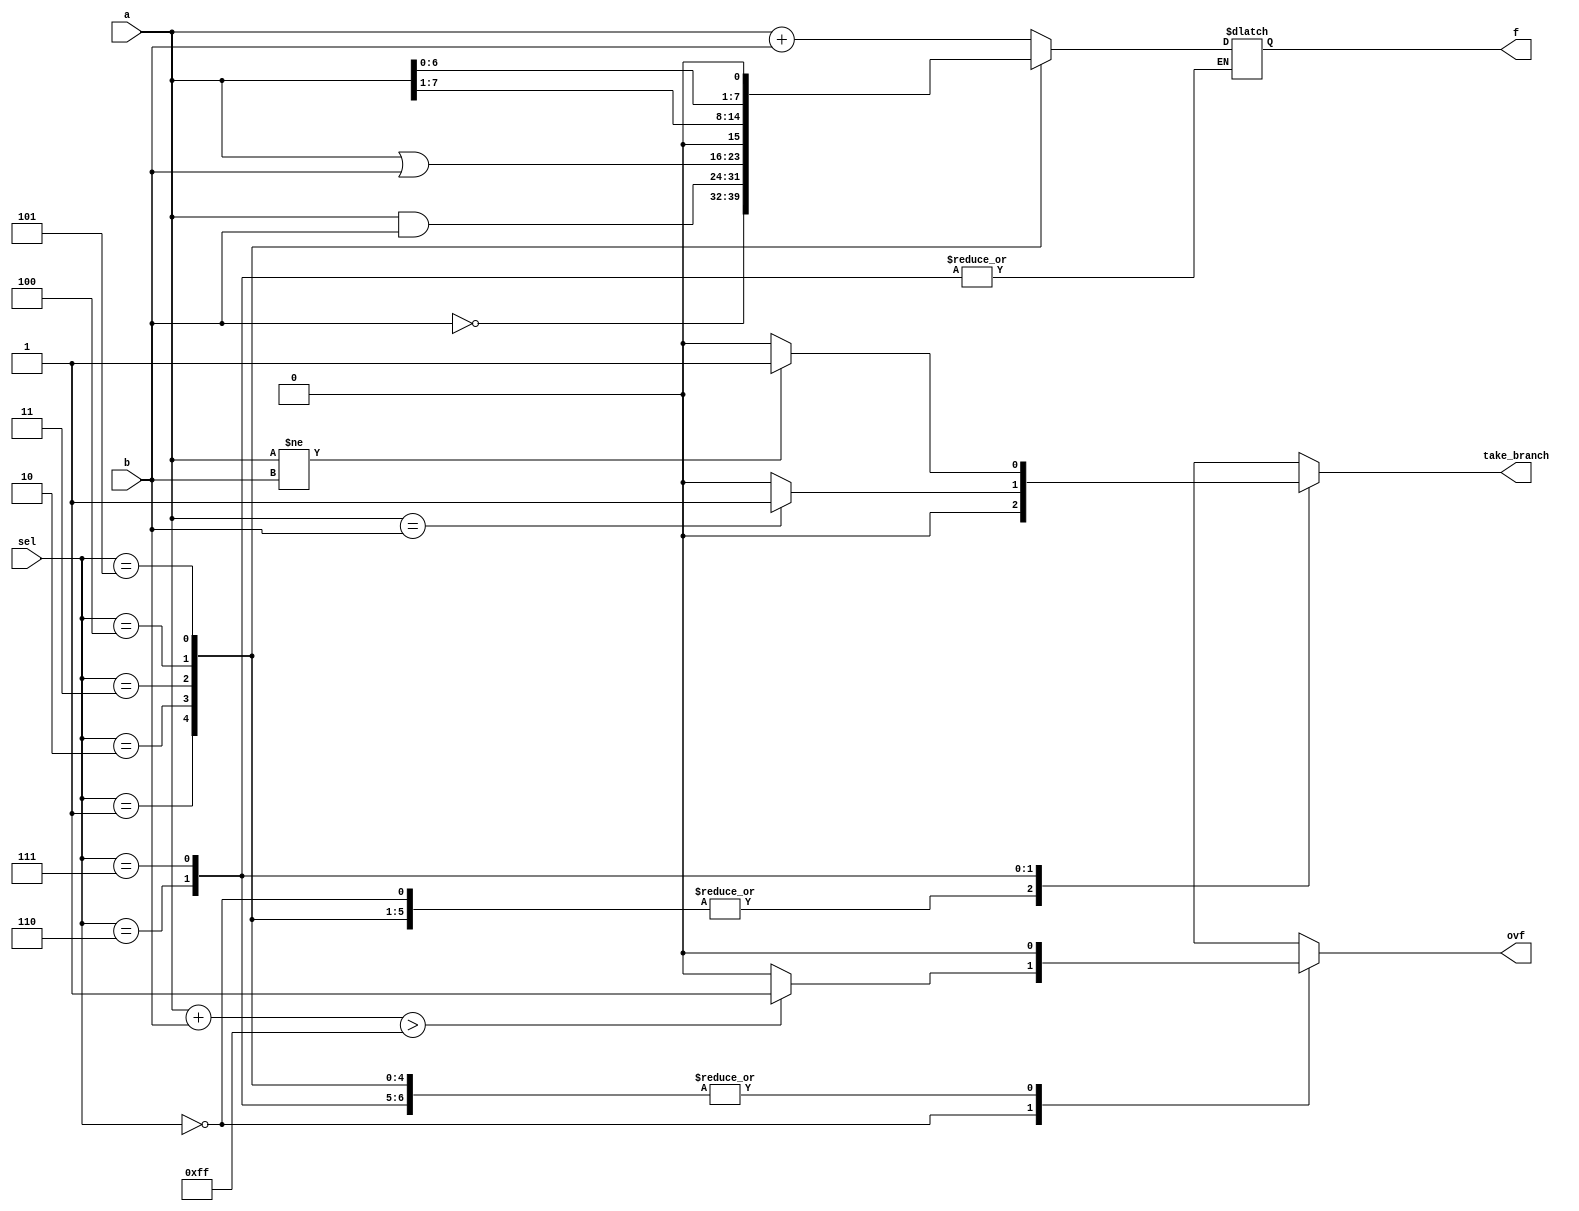
module palu(input[7:0] a,
			input[7:0] b,
			input[2:0] sel,
			output reg [7:0] f,
			output reg ovf,
			output reg take_branch);
		always @(a,b,sel)
			case(sel)
				0: begin 
					f = a + b;
					take_branch = 0;
						if((a+b)>255)
							ovf = 1;
						else
							ovf = 0;
					end
				1: begin 
						take_branch = 0;			
						f = ~b;
						ovf = 0;
					end
				2: begin 
						take_branch = 0;
						f = a & b;
						ovf = 0;
					end
				3: begin 
						take_branch = 0;
						f = a | b;
						ovf = 0;
					end
				4: begin 
						take_branch = 0;			
						f = a >>> 1;
						ovf = 0;
					end
				5: begin 
						f = a <<< 1;
						ovf = 0;
						take_branch = 0;
					end
				6: begin 
						ovf = 0;
						if(a==b)
							take_branch = 1;
						else 
							take_branch = 0;
					end
				7: begin 
						ovf = 0;
						if(a!=b)
							take_branch = 1;
						else 
							take_branch = 0;
					end
			endcase
endmodule